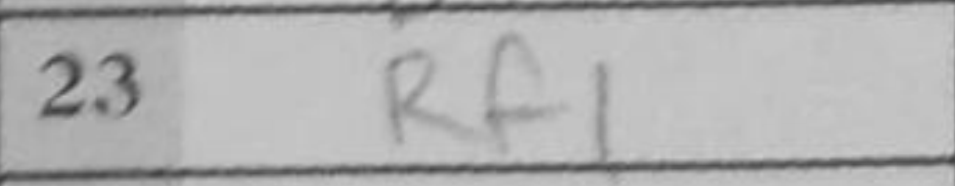
Transcription: Rf1